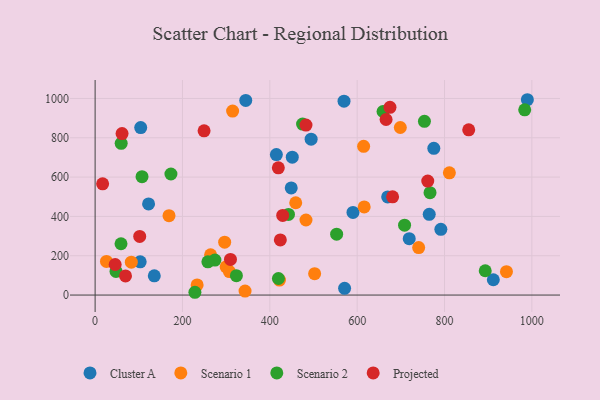
{"axis": {"x": "Price", "y": "Fuel Efficiency"}, "legend": ["Cluster A", "Projected", "Scenario 1", "Scenario 2"], "data": [{"x": "104.4", "y": 852.0, "type": "Cluster A"}, {"x": "103.2", "y": 169.1, "type": "Cluster A"}, {"x": "569.9", "y": 986.3, "type": "Cluster A"}, {"x": "911.7", "y": 77.7, "type": "Cluster A"}, {"x": "669.8", "y": 499.3, "type": "Cluster A"}, {"x": "571.2", "y": 34.1, "type": "Cluster A"}, {"x": "344.9", "y": 990.2, "type": "Cluster A"}, {"x": "590.4", "y": 420.2, "type": "Cluster A"}, {"x": "415.0", "y": 714.4, "type": "Cluster A"}, {"x": "135.5", "y": 98.0, "type": "Cluster A"}, {"x": "494.6", "y": 792.7, "type": "Cluster A"}, {"x": "989.7", "y": 993.6, "type": "Cluster A"}, {"x": "775.5", "y": 746.5, "type": "Cluster A"}, {"x": "765.0", "y": 410.5, "type": "Cluster A"}, {"x": "791.6", "y": 334.4, "type": "Cluster A"}, {"x": "719.2", "y": 287.0, "type": "Cluster A"}, {"x": "449.0", "y": 544.7, "type": "Cluster A"}, {"x": "451.4", "y": 701.4, "type": "Cluster A"}, {"x": "122.4", "y": 463.4, "type": "Cluster A"}, {"x": "616.1", "y": 448.5, "type": "Scenario 1"}, {"x": "698.8", "y": 852.4, "type": "Scenario 1"}, {"x": "422.1", "y": 76.0, "type": "Scenario 1"}, {"x": "296.6", "y": 269.0, "type": "Scenario 1"}, {"x": "233.6", "y": 51.6, "type": "Scenario 1"}, {"x": "314.8", "y": 936.1, "type": "Scenario 1"}, {"x": "264.4", "y": 204.9, "type": "Scenario 1"}, {"x": "343.3", "y": 20.1, "type": "Scenario 1"}, {"x": "614.8", "y": 756.7, "type": "Scenario 1"}, {"x": "482.8", "y": 381.7, "type": "Scenario 1"}, {"x": "459.3", "y": 469.5, "type": "Scenario 1"}, {"x": "26.0", "y": 171.2, "type": "Scenario 1"}, {"x": "941.8", "y": 118.9, "type": "Scenario 1"}, {"x": "82.9", "y": 167.0, "type": "Scenario 1"}, {"x": "740.8", "y": 241.3, "type": "Scenario 1"}, {"x": "300.0", "y": 143.5, "type": "Scenario 1"}, {"x": "502.6", "y": 108.7, "type": "Scenario 1"}, {"x": "811.1", "y": 621.9, "type": "Scenario 1"}, {"x": "169.2", "y": 403.8, "type": "Scenario 1"}, {"x": "307.5", "y": 119.5, "type": "Scenario 1"}, {"x": "475.0", "y": 869.9, "type": "Scenario 2"}, {"x": "983.6", "y": 942.1, "type": "Scenario 2"}, {"x": "893.2", "y": 123.7, "type": "Scenario 2"}, {"x": "274.3", "y": 177.7, "type": "Scenario 2"}, {"x": "47.9", "y": 120.3, "type": "Scenario 2"}, {"x": "442.7", "y": 410.2, "type": "Scenario 2"}, {"x": "553.0", "y": 309.4, "type": "Scenario 2"}, {"x": "323.5", "y": 98.4, "type": "Scenario 2"}, {"x": "754.0", "y": 883.9, "type": "Scenario 2"}, {"x": "59.7", "y": 771.7, "type": "Scenario 2"}, {"x": "419.7", "y": 84.1, "type": "Scenario 2"}, {"x": "766.8", "y": 520.7, "type": "Scenario 2"}, {"x": "228.5", "y": 14.1, "type": "Scenario 2"}, {"x": "659.2", "y": 933.8, "type": "Scenario 2"}, {"x": "708.5", "y": 355.5, "type": "Scenario 2"}, {"x": "173.6", "y": 615.8, "type": "Scenario 2"}, {"x": "59.3", "y": 260.9, "type": "Scenario 2"}, {"x": "107.4", "y": 602.2, "type": "Scenario 2"}, {"x": "258.2", "y": 169.1, "type": "Scenario 2"}, {"x": "761.6", "y": 580.0, "type": "Projected"}, {"x": "419.5", "y": 647.0, "type": "Projected"}, {"x": "309.9", "y": 181.3, "type": "Projected"}, {"x": "45.9", "y": 155.3, "type": "Projected"}, {"x": "424.1", "y": 280.5, "type": "Projected"}, {"x": "681.1", "y": 499.9, "type": "Projected"}, {"x": "482.8", "y": 864.6, "type": "Projected"}, {"x": "666.2", "y": 893.1, "type": "Projected"}, {"x": "17.2", "y": 565.6, "type": "Projected"}, {"x": "855.4", "y": 840.4, "type": "Projected"}, {"x": "69.6", "y": 97.3, "type": "Projected"}, {"x": "102.1", "y": 298.4, "type": "Projected"}, {"x": "249.5", "y": 835.2, "type": "Projected"}, {"x": "675.1", "y": 954.7, "type": "Projected"}, {"x": "429.5", "y": 404.8, "type": "Projected"}, {"x": "61.7", "y": 821.2, "type": "Projected"}]}